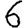
Digit: 6